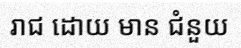
រាជ ដោយ មាន ជំនួយ